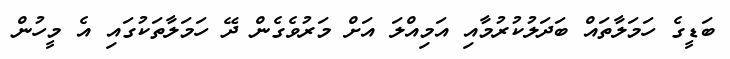
ބަޑީގެ ހަމަލާތައް ބަދަލުކުރުމާއި އަމިއްލަ އަށް މަރުވެގެން ދޭ ހަމަލާތަކުގައި އެ މީހުން